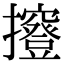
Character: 𢹑